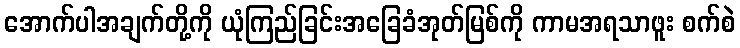
အောက်ပါအချက်တို့ကို ယုံကြည်ခြင်းအခြေခံအုတ်မြစ်ကို ကာမအရသာဖူး စက်စဲ